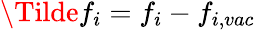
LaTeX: \Tilde{f}_{i}=f_{i}-f_{i,vac}